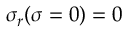
\sigma _ { r } ( \sigma = 0 ) = 0